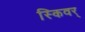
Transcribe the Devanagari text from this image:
स्किवर्